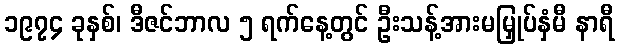
၁၉၇၄ ခုနှစ်၊ ဒီဇင်ဘာလ ၅ ရက်နေ့တွင် ဦးသန့်အားမမြှုပ်နှံမီ နာရီ